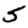
Digit: 5